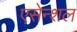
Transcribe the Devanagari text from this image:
एसेन्शल